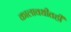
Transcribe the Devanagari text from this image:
कालावधीतही